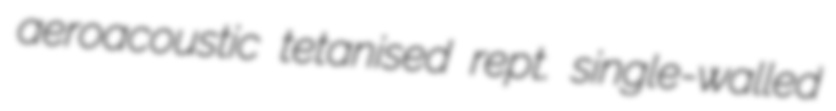
aeroacoustic tetanised rept. single-walled